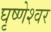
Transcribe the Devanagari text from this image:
घृष्‍णेश्‍वर